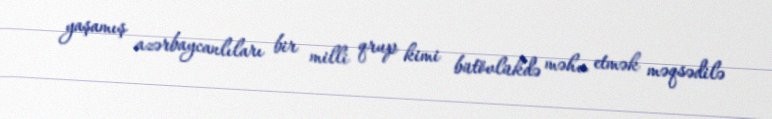
yaşamış azərbaycanlıları bir milli qrup kimi bütövlükdə məhv etmək məqsədilə